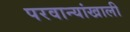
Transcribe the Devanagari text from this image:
परवान्यांखाली